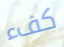
كفء